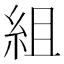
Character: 組